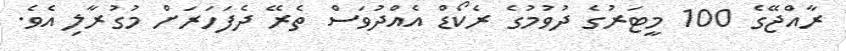
ރާއްޖޭގެ 100 މީޓަރުގެ ދުވުމުގެ ރެކޯޑް އެއްދުވަސް ތެރޭ ދެފަހަރަށް މުގުރާލި އެވެ.